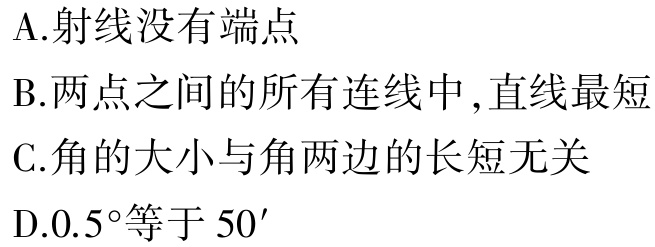
A.射线没有端点
B.两点之间的所有连线中 ,直线最短
C.角的大小与角两边的长短无关
D.\(0.5^{\circ}\)等于 \(50'\)